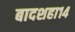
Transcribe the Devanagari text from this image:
बादशहा१४